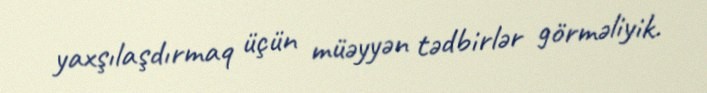
yaxşılaşdırmaq üçün müəyyən tədbirlər görməliyik.